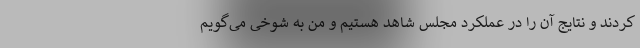
کردند و نتایج آن را در عملکرد مجلس شاهد هستیم و من به شوخی می‌گویم